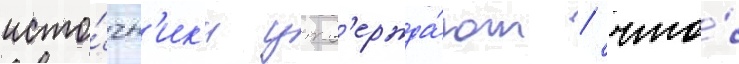
исто́чн'ик'и утв'ержда́ют / что́